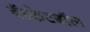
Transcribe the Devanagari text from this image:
बॅस्केटबॉल